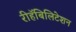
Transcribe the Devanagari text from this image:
रीहॅबिलिटेशन